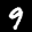
Label: 9